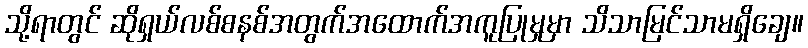
သို့ရာတွင် ဆိုရှယ်လစ်စနစ်အတွက်အထောက်အကူပြုမှုမှာ သိသာမြင်သာမရှိချေ။